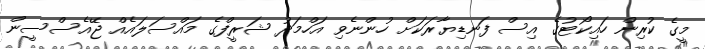
މީގެ ކުރިން ހައިކޯޓުގެ އިސް ފަނޑިޔާރަކަށް ހުންނެވި އަހްމަދު ޝަރީފްގެ މައްސަލައެއް ޖޭއެސްސީން